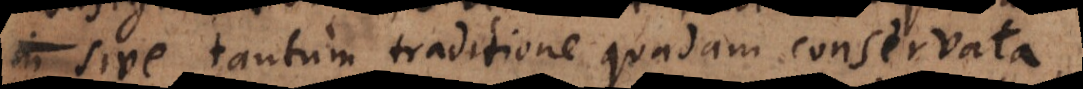
sive tantum traditione quadam conservata,